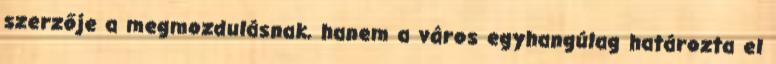
szerzője a megmozdulásnak, hanem a város egyhangúlag határozta el